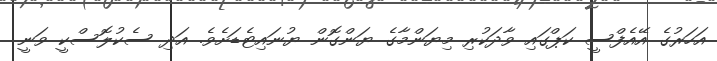
އަހަރުގެ އޭއެފްސީ ކަޕްގައި ވާދަކުރި މިޔަންމާގެ ޔަންގޮން ޔުނައިޓެޑަށެވެ. އަދި ސެކުލޮސްކީ ވަނީ